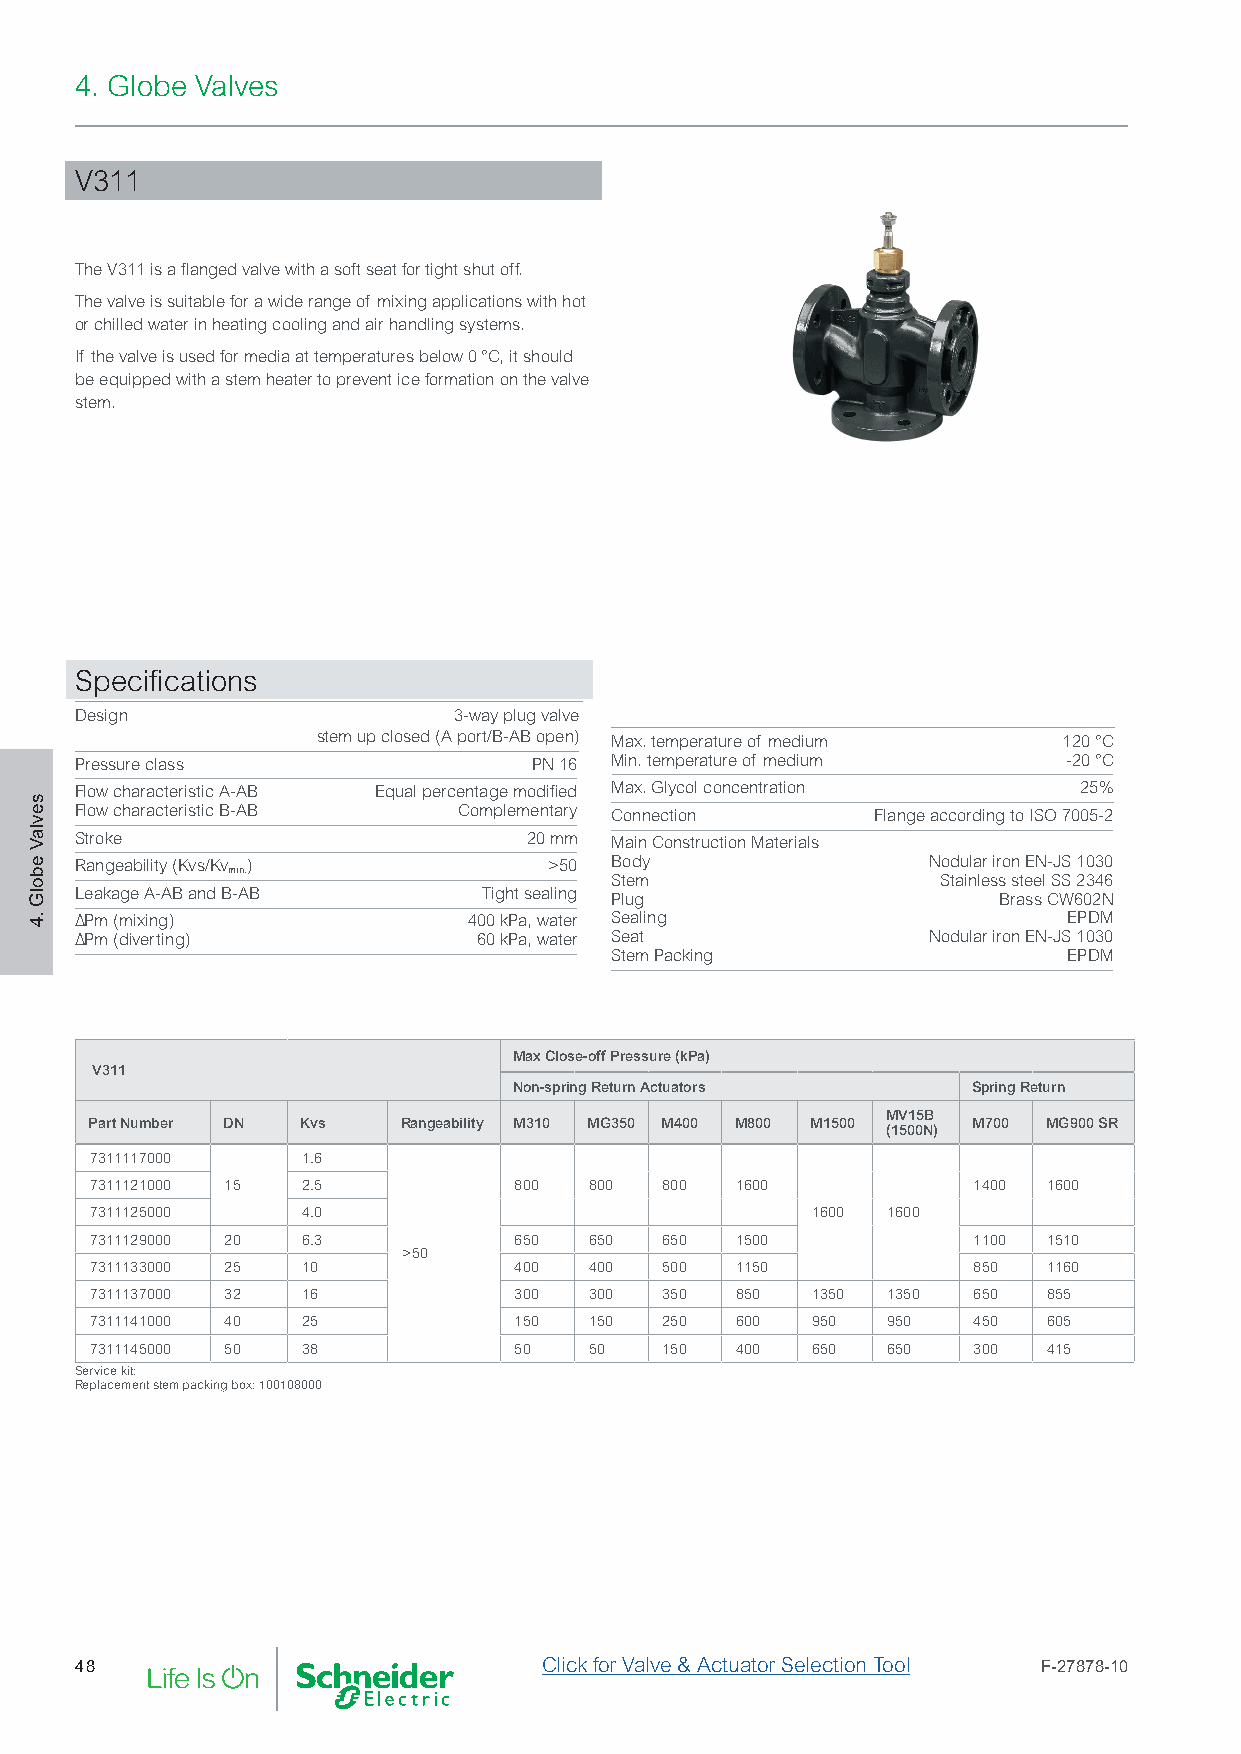
4. Globe Valves
 V311
 The V311 is a flanged valve with a soft seat for tight shut off.
 The valve is suitable for a wide range of mixing applications with hot
 or chilled water in heating cooling and air handling systems.
 If the valve is used for media at temperatures below 0 °C, it should
 be equipped with a stem heater to prevent ice formation on the valve
 stem.
 Specifications
 Design                   3-way plug valve
 stem up closed (A port/B-AB open) Max. temperature of medium 120 °C
 Pressure class                PN 16 Min. temperature of medium    -20 °C
 Flow characteristic A-AB Equal percentage modified Max. Glycol concentration 25%
 Flow characteristic B-AB Complementary Connection    Flange according to ISO 7005-2
 Stroke                        20 mm Main Construction Materials
 Rangeability (Kvs/Kv )         >50 Body                 Nodular iron EN-JS 1030
 min.
 Stem                  Stainless steel SS 2346
 Leakage A-AB and B-AB      Tight sealing Plug                Brass CW602N
 ∆Pm (mixing)              400 kPa, water Sealing                  EPDM
 ∆Pm (diverting)            60 kPa, water Seat           Nodular iron EN-JS 1030
 Stem Packing                   EPDM
 Max Close-off Pressure (kPa)
 V311
 Non-spring Return Actuators   Spring Return
 MV15B
 Part Number DN Kvs   Rangeability M310 MG350 M400 M800 M1500 M700 MG900 SR
 (1500N)
 7311117000    1.6
 7311121000 15 2.5           800  800  800  1600           1400 1600
 7311125000    4.0                               1600 1600
 7311129000 20 6.3           650  650  650  1500           1100 1510
 >50
 7311133000 25 10            400  400  500  1150           850  1160
 7311137000 32 16            300  300  350  850  1350 1350 650  855
 7311141000 40 25            150  150  250  600  950  950  450  605
 7311145000 50 38            50   50   150  400  650  650  300  415
 Service kit:
 Replacement stem packing box: 100108000
 48                             Click for Valve & Actuator Selection Tool F-27878-10
 sevlaV
 ebolG
 .4